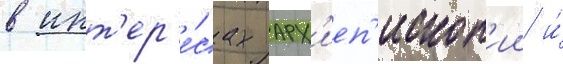
в инт'ер'е́сах арх'иеп'ископ'ии и́